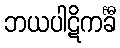
ဘယပါဋိကင်္ခီ